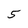
Character: 5